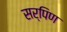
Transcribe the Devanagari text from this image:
सर्पिण